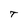
Character: T